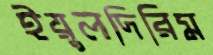
ইয়ুলদিরিম